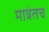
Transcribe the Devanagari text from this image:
मात्रेतच